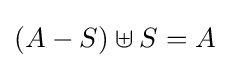
(A-S)\uplus S=A